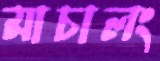
মাচালং